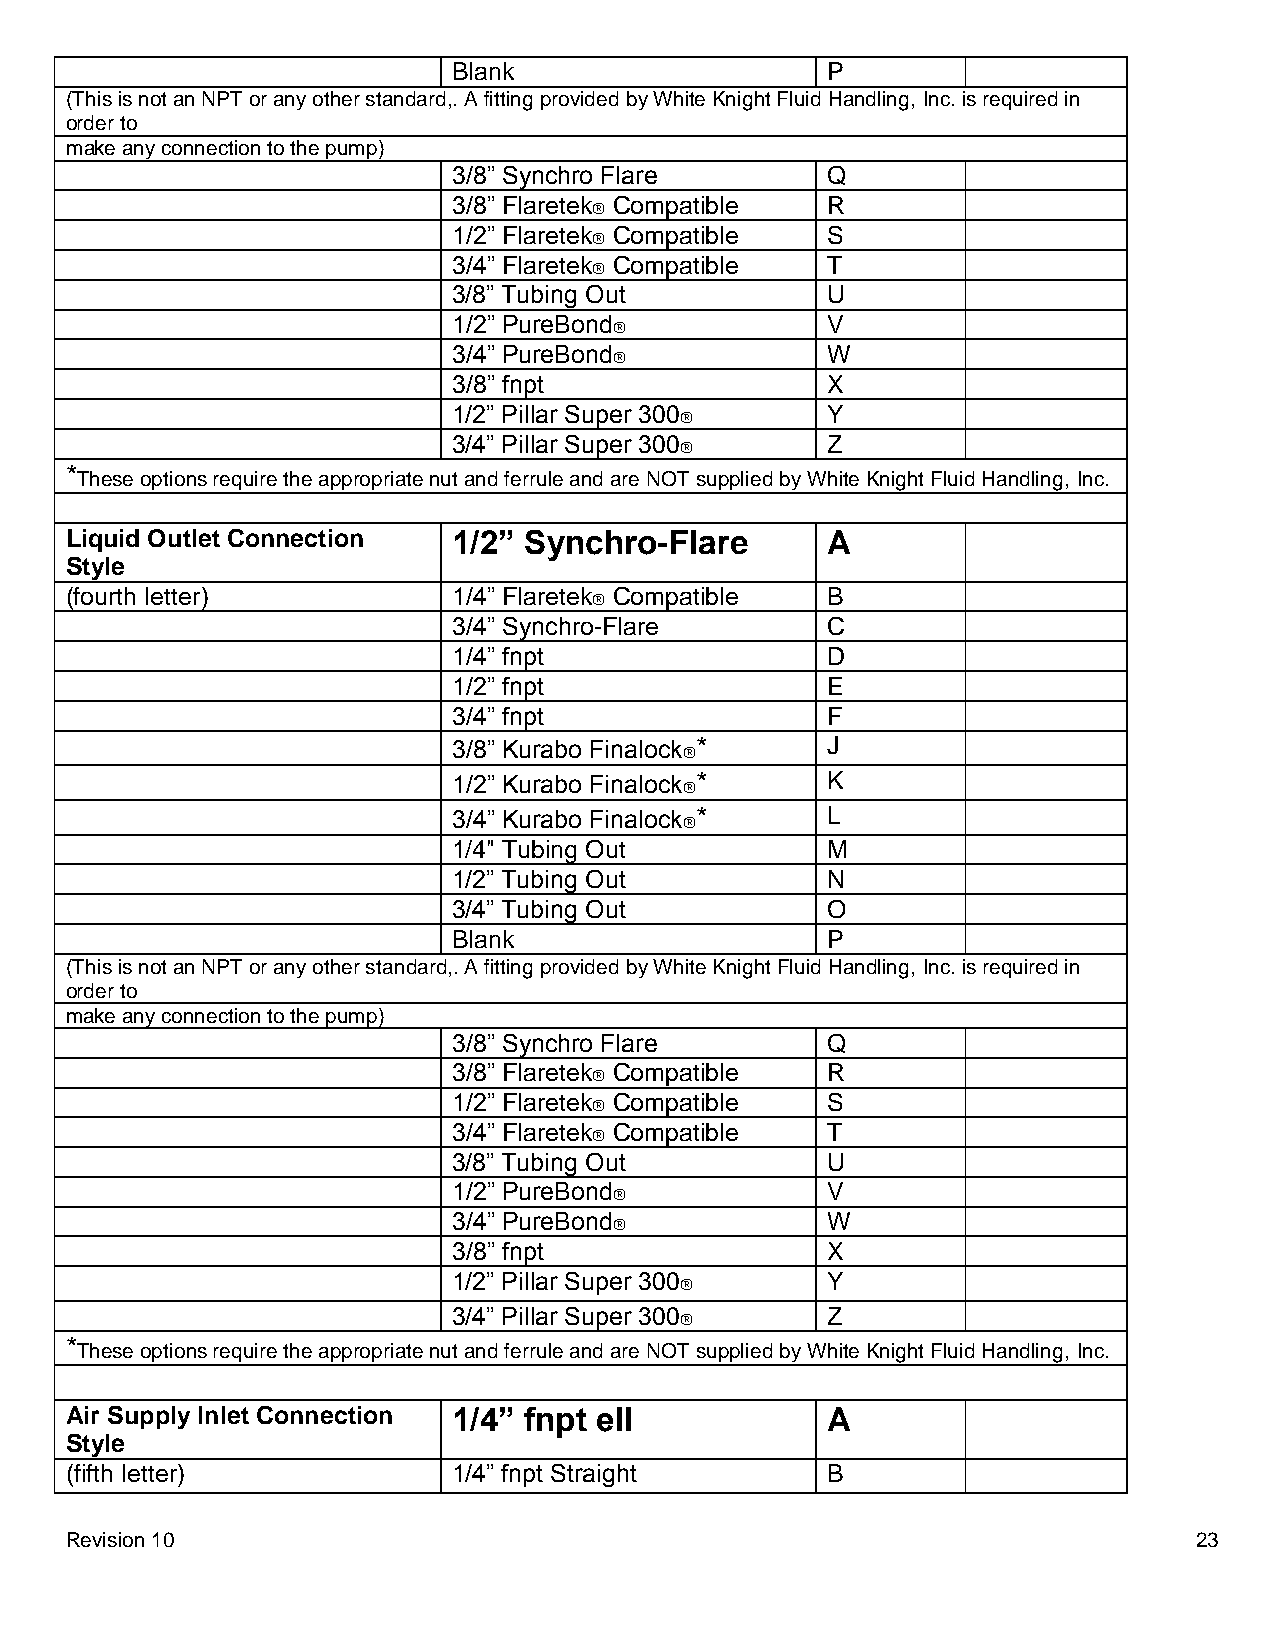
Blank                    P
 (This is not an NPT or any other standard,. A fitting provided by White Knight Fluid Handling, Inc. is required in
 order to
 make any connection to the pump)
 3/8” Synchro Flare       Q
 3/8” Flaretek Compatible R
 
 1/2” Flaretek Compatible S
 
 3/4” Flaretek Compatible T
 
 3/8” Tubing Out          U
 1/2” PureBond            V
 
 3/4” PureBond            W
 
 3/8” fnpt                X
 1/2” Pillar Super 300    Y
 
 3/4” Pillar Super 300    Z
 
 *
 These options require the appropriate nut and ferrule and are NOT supplied by White Knight Fluid Handling, Inc.
 Liquid Outlet Connection  1/2” Synchro-Flare       A
 Style
 (fourth letter)           1/4” Flaretek Compatible B
 
 3/4” Synchro-Flare       C
 1/4” fnpt                D
 1/2” fnpt                E
 3/4” fnpt                F
 3/8” Kurabo Finalock *   J
 
 1/2” Kurabo Finalock *   K
 
 3/4” Kurabo Finalock *   L
 
 1/4" Tubing Out          M
 1/2” Tubing Out          N
 3/4” Tubing Out          O
 Blank                    P
 (This is not an NPT or any other standard,. A fitting provided by White Knight Fluid Handling, Inc. is required in
 order to
 make any connection to the pump)
 3/8” Synchro Flare       Q
 3/8” Flaretek Compatible R
 
 1/2” Flaretek Compatible S
 
 3/4” Flaretek Compatible T
 
 3/8” Tubing Out          U
 1/2” PureBond            V
 
 3/4” PureBond            W
 
 3/8” fnpt                X
 1/2” Pillar Super 300    Y
 
 3/4” Pillar Super 300    Z
 
 *
 These options require the appropriate nut and ferrule and are NOT supplied by White Knight Fluid Handling, Inc.
 Air Supply Inlet Connection 1/4” fnpt ell          A
 Style
 (fifth letter)            1/4” fnpt Straight       B
 Revision 10                                                                23